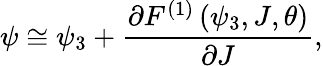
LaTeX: \psi\cong\psi_{3}+\frac{\partial F^{\left(1\right)}\left(\psi_{3},J,\theta\right)}{\partial J},